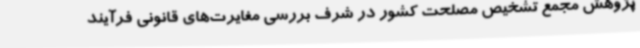
پژوهش مجمع تشخیص مصلحت کشور در شرف بررسی مغایرت‌های قانونی فرآیند